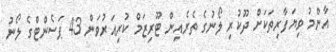
އާންމު ވިޔަފާރިތަކަށް ދޫކުރި ލޯނުގެ ތެރެއިން ޓޫރިޒަމް ކުރިއަރުވަން 43 ޕަސެންޓްގެ ލޯނު